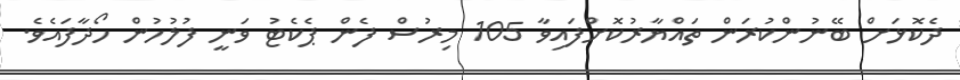
ދެކޮޅަށް ބޭނުންކުރަން ތައްޔާރުކޮށްފައިވާ 105 މިރުސް ފެން ޕެކެޓު ވަނީ ފުލުހުން ހޯދާފައެވެ.